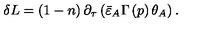
\delta L = \left( 1 - n \right) \partial _ { \tau } \left( \bar { \varepsilon } _ { A } \Gamma \left( p \right) \theta _ { A } \right) .